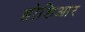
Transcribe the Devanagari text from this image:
होशिआर